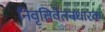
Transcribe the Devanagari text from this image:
निवृत्तिवेतनधारक